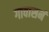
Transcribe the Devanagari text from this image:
गावासनं